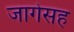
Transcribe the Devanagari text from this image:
जागेसह